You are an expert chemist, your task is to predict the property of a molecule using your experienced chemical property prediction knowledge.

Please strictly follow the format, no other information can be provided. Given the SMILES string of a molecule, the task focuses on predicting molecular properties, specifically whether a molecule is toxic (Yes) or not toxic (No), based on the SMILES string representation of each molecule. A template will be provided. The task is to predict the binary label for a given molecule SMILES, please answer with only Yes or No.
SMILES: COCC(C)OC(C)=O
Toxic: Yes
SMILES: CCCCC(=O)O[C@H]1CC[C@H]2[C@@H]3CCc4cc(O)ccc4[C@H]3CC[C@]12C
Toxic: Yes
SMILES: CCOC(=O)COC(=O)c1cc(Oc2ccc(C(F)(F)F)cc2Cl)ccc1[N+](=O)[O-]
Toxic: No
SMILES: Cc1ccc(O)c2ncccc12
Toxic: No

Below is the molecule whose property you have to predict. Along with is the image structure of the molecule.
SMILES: CN1CCN(CCC(=O)N2c3ccccc3Sc3ccc(C(F)(F)F)cc32)CC1
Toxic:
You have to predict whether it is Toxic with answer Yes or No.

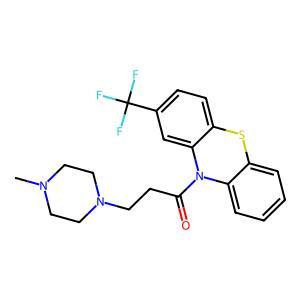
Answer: No